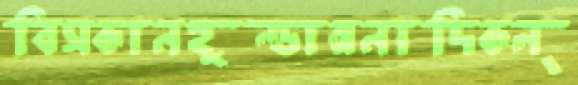
বিসকানহুন্ডাঅনাদিকল্